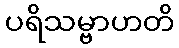
ပရိသမ္ဗာဟတိ